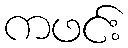
ကဖင်း